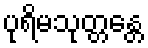
ပုရိမသုတ္တန္တေ